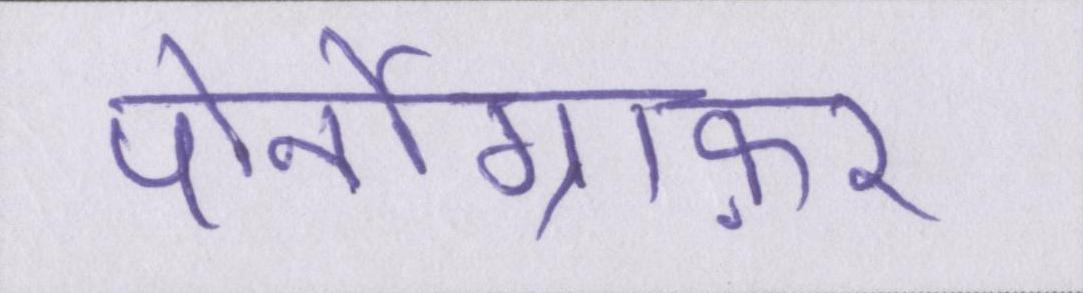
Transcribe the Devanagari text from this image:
पोर्नोग्राफ़र